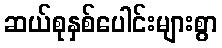
ဆယ်စုနှစ်ပေါင်းများစွာ